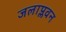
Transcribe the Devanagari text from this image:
जलाप्लवन